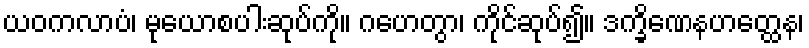
ယဝကလာပံ၊ မုယောစပါးဆုပ်ကို။ ဂဟေတွာ၊ ကိုင်ဆုပ်၍။ ဒက္ခိဏေနဟတ္ထေန၊